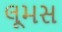
લૂમસ